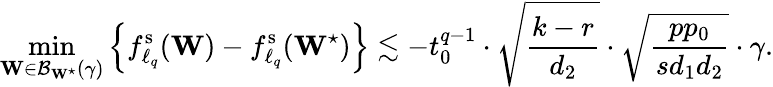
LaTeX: \operatorname*{min}_{\mathbf{W}\in\mathcal{B}_{\mathbf{W}^{\star}}(\gamma)}\left\{ f_{\ell_{q}}^{\mathrm{s}}(\mathbf{W})-f_{\ell_{q}}^{\mathrm{s}}(\mathbf{W}^{\star})\right\} \lesssim-{t_{0}^{q-1}}\cdot\sqrt{\frac{k-r}{d_{2}}}\cdot\sqrt{\frac{pp_{0}}{sd_{1}d_{2}}}\cdot\gamma.